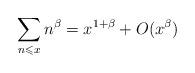
LaTeX: \begin{align*}\sum\limits_{n \leqslant x} {{n^\beta }} = x^{1 + \beta } + O(x^{\beta}) \end{align*}